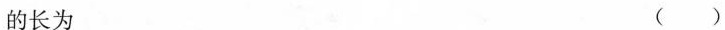
的长为 ( )